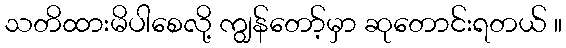
သတိထားမိပါစေလို့ ကျွန်တော့်မှာ ဆုတောင်းရတယ် ။